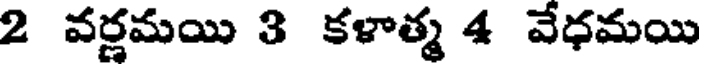
2 వర్ణమయి 3 కళాత్మ 4 వేధమయి